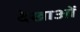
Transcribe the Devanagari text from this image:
देखाओं